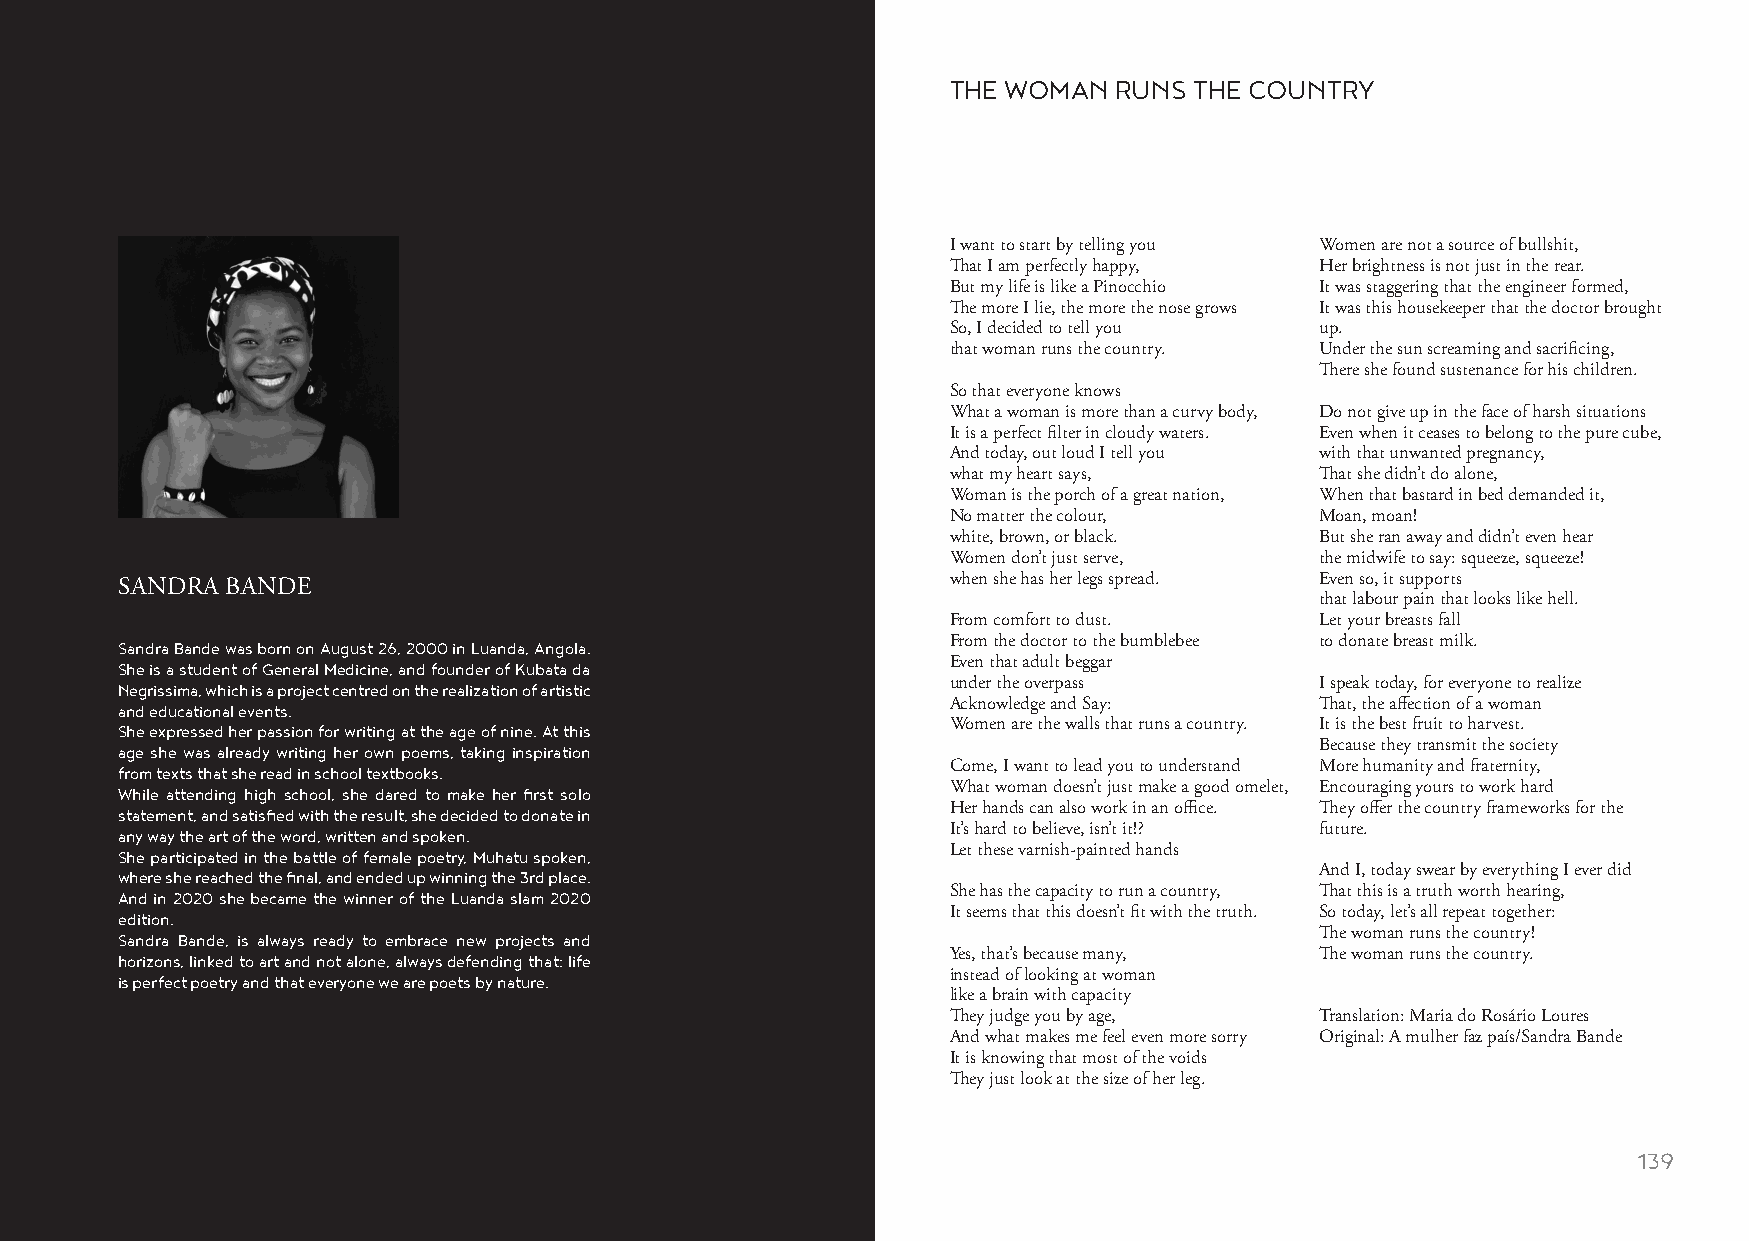
THE WOMAN  RUNS THE COUNTRY
 I want to start by telling you Women are not a source of bullshit,
 That I am perfectly happy, Her brightness is not just in the rear.
 But my life is like a Pinocchio It was staggering that the engineer formed,
 The more I lie, the more the nose grows It was this housekeeper that the doctor brought
 So, I decided to tell you up.
 that woman runs the country. Under the sun screaming and sacrificing,
 There she found sustenance for his children.
 So that everyone knows
 What a woman is more than a curvy body, Do not give up in the face of harsh situations
 It is a perfect filter in cloudy waters. Even when it ceases to belong to the pure cube,
 And today, out loud I tell you with that unwanted pregnancy,
 what my heart says,     That she didn’t do alone,
 Woman is the porch of a great nation, When that bastard in bed demanded it,
 No matter the colour,   Moan, moan!
 white, brown, or black. But she ran away and didn’t even hear
 Women don’t just serve, the midwife to say: squeeze, squeeze!
 when she has her legs spread. Even so, it supports
 SANDRA BANDE
 that labour pain that looks like hell.
 From comfort to dust.   Let your breasts fall
 Sandra Bande was born on August 26, 2000 in Luanda, Angola. From the doctor to the bumblebee to donate breast milk.
 She is a student of General Medicine, and founder of Kubata da Even that adult beggar
 Negrissima, which is a project centred on the realization of artistic under the overpass I speak today, for everyone to realize
 and educational events.                                Acknowledge and Say:    That, the affection of a woman
 She expressed her passion for writing at the age of nine. At this Women are the walls that runs a country. It is the best fruit to harvest.
 age she was already writing her own poems, taking inspiration                  Because they transmit the society
 from texts that she read in school textbooks.          Come, I want to lead you to understand More humanity and fraternity,
 While attending high school, she dared to make her first solo What woman doesn’t just make a good omelet, Encouraging yours to work hard
 statement, and satisfied with the result, she decided to donate in Her hands can also work in an office. They offer the country frameworks for the
 any way the art of the word, written and spoken.       It’s hard to believe, isn’t it!? future.
 She participated in the battle of female poetry, Muhatu spoken, Let these varnish-painted hands
 where she reached the final, and ended up winning the 3rd place.               And I, today swear by everything I ever did
 And in 2020 she became the winner of the Luanda slam 2020 She has the capacity to run a country, That this is a truth worth hearing,
 edition.                                               It seems that this doesn’t fit with the truth. So today, let’s all repeat together:
 Sandra Bande, is always ready to embrace new projects and                      The woman runs the country!
 horizons, linked to art and not alone, always defending that: life Yes, that’s because many, The woman runs the country.
 is perfect poetry and that everyone we are poets by nature. instead of looking at woman
 like a brain with capacity
 They judge you by age,  Translation: Maria do Rosário Loures
 And what makes me feel even more sorry Original: A mulher faz país/Sandra Bande
 It is knowing that most of the voids
 They just look at the size of her leg.
 138                                                                                                    139